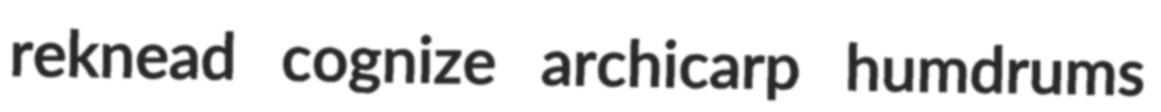
reknead cognize archicarp humdrums